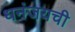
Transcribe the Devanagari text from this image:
धनंजयची